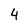
Character: 4